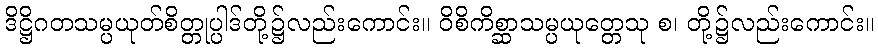
ဒိဋ္ဌိဂတသမ္ပယုတ်စိတ္တုပ္ပါဒ်တို့၌လည်းကောင်း။ ဝိစိကိစ္ဆာသမ္ပယုတ္တေသု စ၊ တို့၌လည်းကောင်း။